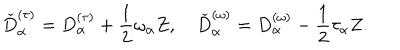
LaTeX: \check { D } _ { \alpha } ^ { ( \tau ) } = D _ { \alpha } ^ { ( \tau ) } + \frac { 1 } { 2 } \omega _ { \alpha } Z , \quad \check { D } _ { \alpha } ^ { ( \omega ) } = D _ { \alpha } ^ { ( \omega ) } - \frac { 1 } { 2 } \tau _ { \alpha } Z .